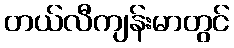
တယ်လီကျန်းမာတွင်